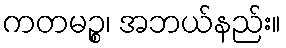
ကတမဉ္စ၊ အဘယ်နည်း။